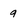
Character: 9